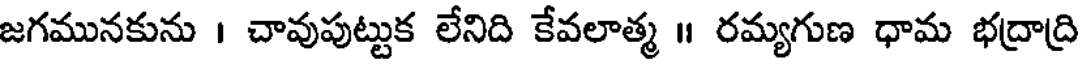
జగమునకును । చావుపుట్టుక లేనిది కేవలాత్మ ॥ రమ్యగుణ ధామ భద్రాద్రి